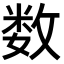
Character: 数